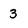
Character: 3